Annual report on the working of the lock hospitals in the Central Provinces
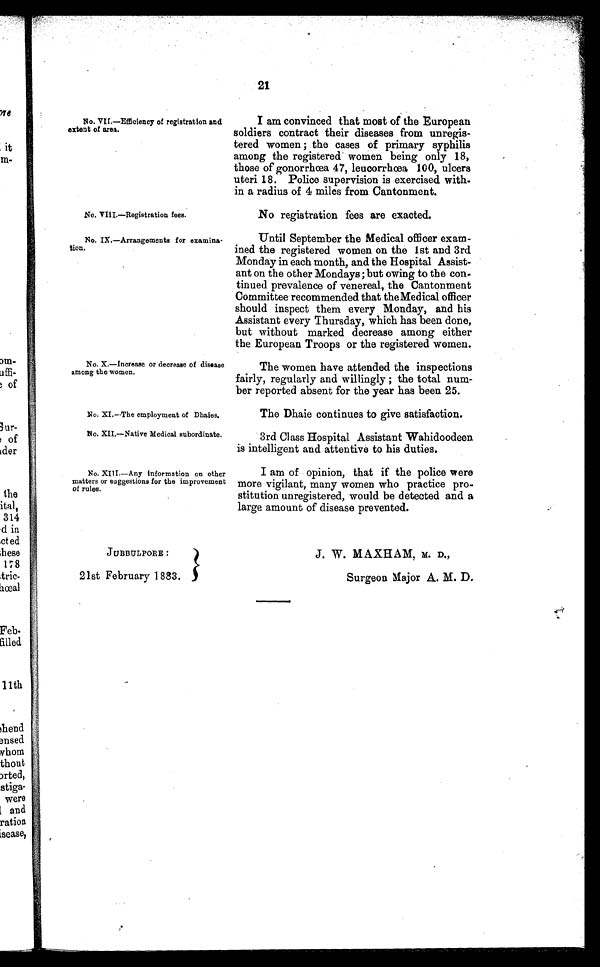
No. VIII.—Registration fees.
No. IX.—Arrangements for examina-
tion.
No. XI.—The employment of Dhaies.
No. XII.—Native Medical subordinate.
JUBBULPORE :
21st February 1883.
J W. MAXHAM, M. D.,
Surgeon Major A. M. D.
21
No. VII.—Efficiency of registration and
extent of area.
No. X.—Increase or decrease of disease
among the women.
No. XIII.—Any information on other
matters or suggestions for the improvement
of rules.
I am convinced that most of the European
soldiers contract their diseases from unregis-
tered women ; the cases of primary syphilis
among the registered women being only 18,
those of gonorrhœa 47, leucorrhœa 100, ulcers
uteri 18. Police supervision is exercised with-
in a radius of 4 miles from Cantonment.
No registration fees are exacted.
Until September the Medical officer exam-
ined the registered women on the 1st and 3rd
Monday in each month, and the Hospital Assist-
ant on the other Mondays; but owing to the con-
tinued prevalence of venereal, the Cantonment
Committee recommended that the Medical officer
should inspect them every Monday, and his
Assistant every Thursday, which has been done,
but without marked decrease among either
the European Troops or the registered women.
The women have attended the inspections
fairly, regularly and willingly; the total num-
ber reported absent for the year has been 25.
The Dhaie continues to give satisfaction.
3rd Class Hospital Assistant Wahidoodeen
is intelligent and attentive to his duties.
I am of opinion, that if the police were
more vigilant, many women who practice pro-
stitution unregistered, would be detected and a
large amount of disease prevented.